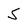
Character: 5